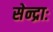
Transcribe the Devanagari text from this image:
सेन्द्राः